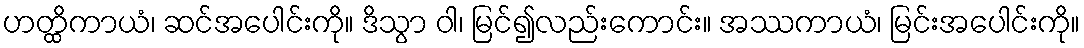
ဟတ္ထိကာယံ၊ ဆင်အပေါင်းကို။ ဒိသွာ ဝါ၊ မြင်၍လည်းကောင်း။ အဿကာယံ၊ မြင်းအပေါင်းကို။